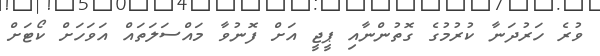
ވުރެ ހަރުދަނާ ކުރުމުގެ ގޮތުންނާއި ޕީޖީ އަށް ފޮނުވާ މައްސަލަތައް އަވަހަށް ކޯޓަށް